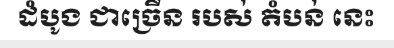
ដំបូង ជាច្រើន របស់ តំបន់ នេះ